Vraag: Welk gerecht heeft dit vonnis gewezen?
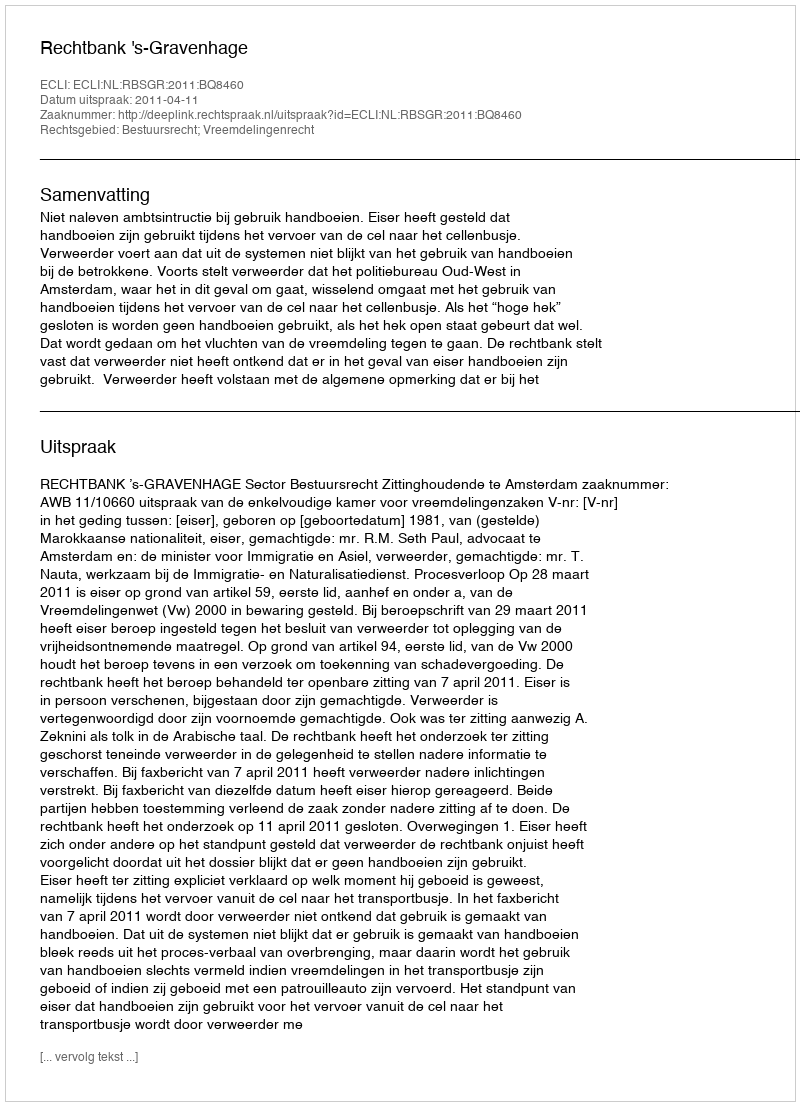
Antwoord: Rechtbank 's-Gravenhage